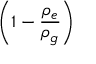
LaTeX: \left( 1 - { \frac { \rho _ { e } } { \rho _ { g } } } \right)